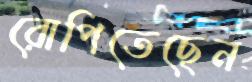
রোপিতেছেন